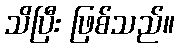
သိပြီး ဖြစ်သည်။